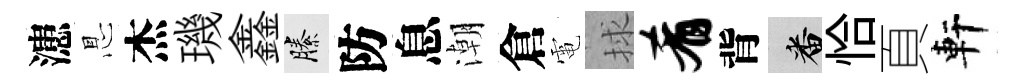
漶㤙杰璣鑫縢防息潮倉電捄肴背番恰頁軒